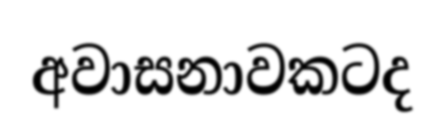
අවාසනාවකටද